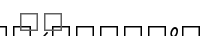
٥٩